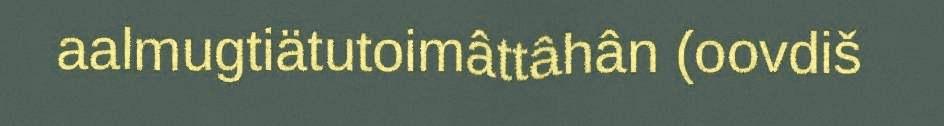
aalmugtiätutoimâttâhân (oovdiš